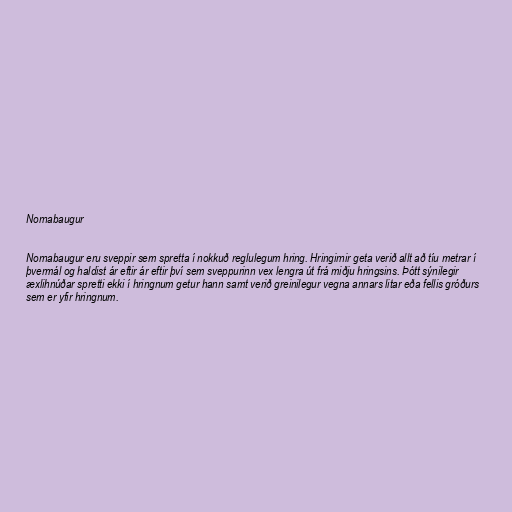
Nornabaugur

Nornabaugur eru sveppir sem spretta í nokkuð reglulegum hring. Hringirnir geta verið allt að tíu metrar í
þvermál og haldist ár eftir ár eftir því sem sveppurinn vex lengra út frá miðju hringsins. Þótt sýnilegir
æxlihnúðar spretti ekki í hringnum getur hann samt verið greinilegur vegna annars litar eða fellis gróðurs
sem er yfir hringnum.